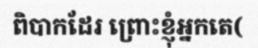
ពិបាកដែរ ព្រោះខ្ញុំអ្នកតេ(